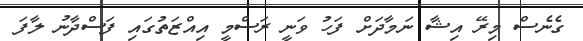
ގެނެސް މިރޭ އިޝާ ނަމާދަށް ފަހު ވަނީ ރަސްމީ އިއްޒަތުގައި ފަސްދާނު ލާފަ